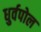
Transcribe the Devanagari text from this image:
धुर्वपोल